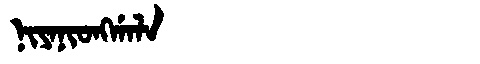
Manchu: ᠨᡳᠶᠠᠨᡳᠣᠩᡤᠠᠯᠠ
Romanization: NIYANIONGGALA